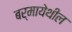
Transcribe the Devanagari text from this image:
बर्मायेथील